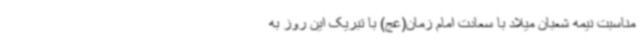
مناسبت نیمه شعبان میلاد با سعادت امام زمان(عج) با تبریک این روز به